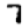
Digit: 7